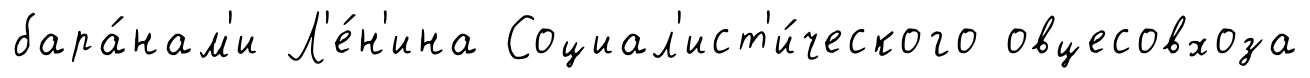
бара́нам'и Л'е́н'ина Социал'ист'и́ческого овцесовхоза